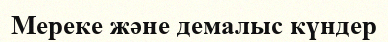
Мереке және демалыс күндер